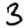
Digit: 3